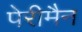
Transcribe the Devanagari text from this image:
पेरीमैन